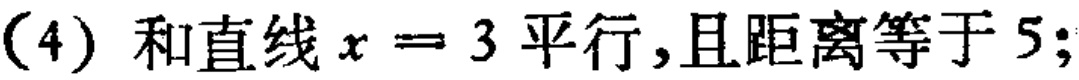
(4) 和直线 \(x = 3\) 平行,且距离等于 \(5\);